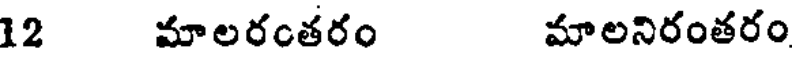
12 మాలరంతరం మాలనిరంతరం